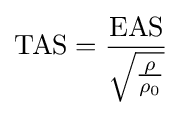
\mathrm {TAS} ={\frac {\mathrm {EAS} }{\sqrt {\frac {\rho }{\rho _{0}}}}}